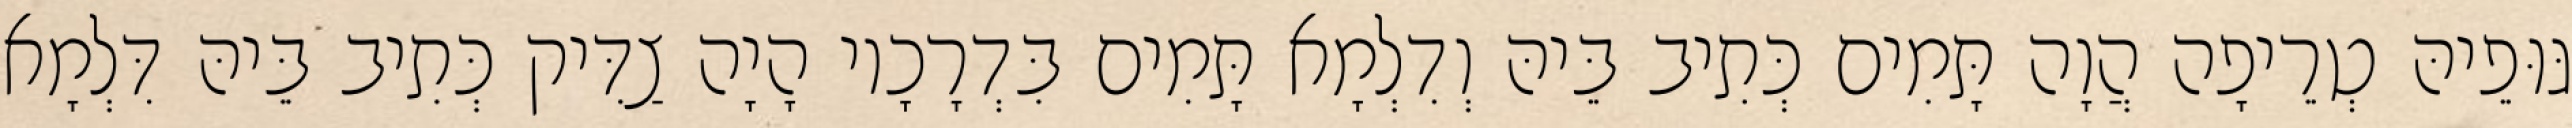
גּוּפֵיהּ טְרֵיפָה הֲוָה תָּמִים כְּתִיב בֵּיהּ וְדִלְמָא תָּמִים בִּדְרָכָיו הָיָה צַדִּיק כְּתִיב בֵּיהּ דִּלְמָא